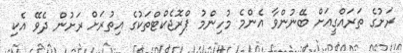
ރަށުގެ ތަރައްގީއަށް ބޭނުންވާ އެންމެ މުހިންމު ޕްރޮޖެކްޓްތަކުގެ އިތުރަަށް ރަށުން ދެވޭ އެކި